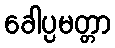
ခေါပ္ပမတ္တာ